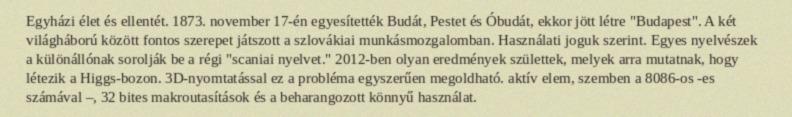
Egyházi élet és ellentét. 1873. november 17-én egyesítették Budát, Pestet és Óbudát, ekkor jött létre "Budapest". A két világháború között fontos szerepet játszott a szlovákiai munkásmozgalomban. Használati joguk szerint. Egyes nyelvészek a különállónak sorolják be a régi "scaniai nyelvet." 2012-ben olyan eredmények születtek, melyek arra mutatnak, hogy létezik a Higgs-bozon. 3D-nyomtatással ez a probléma egyszerűen megoldható. aktív elem, szemben a 8086-os -es számával –, 32 bites makroutasítások és a beharangozott könnyű használat.